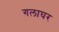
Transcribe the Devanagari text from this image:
गलाघर